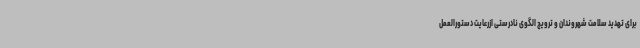
برای تهدید سلامت شهروندان و ترویج الگوی نادرستی ازرعایت دستورالعمل